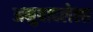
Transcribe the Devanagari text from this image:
अनुवादलेला